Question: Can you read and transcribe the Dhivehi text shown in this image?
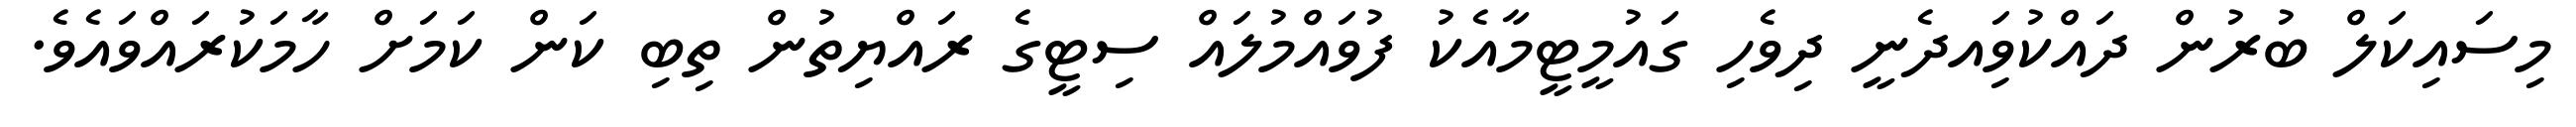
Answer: މިސައިކަލް ބުރުން ދައްކުވަިއދެނީ ދިވެހި ގައުމީޓީމާއެކު ފުވައްމުލައް ސިޓީގެ ރައްޔިތުން ތިބި ކަން ކަމަށް ހާމަކުރައްވައެވެ.